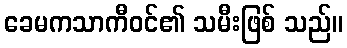
ခေမကသာကီဝင်၏ သမီးဖြစ် သည်။